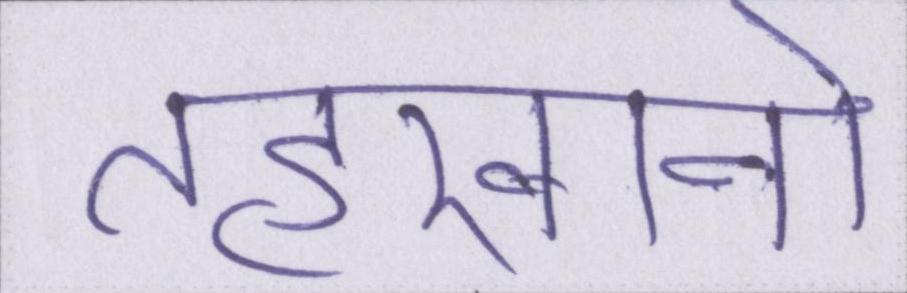
तहखानो